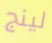
لينج